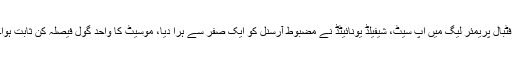
فٹبال پریمئر لیگ میں اپ سیٹ، شیفیلڈ یونائیٹڈ نے مضبوط آرسنل کو ایک صفر سے ہرا دیا، موسیٹ کا واحد گول فیصلہ کن ثابت ہوا۔